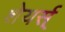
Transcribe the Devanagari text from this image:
शेयर्स्